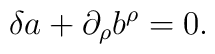
\delta a + \partial_\rho b^\rho =0.